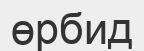
өрбид